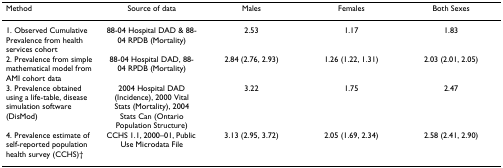
| Method | Source of data | Males | Females | Both Sexes |
 | --- | --- | --- | --- | --- |
 | 1. Observed Cumulative Prevalence from health services cohort | 88-04 Hospital DAD & 88-04 RPDB (Mortality) | 2.53 | 1.17 | 1.83 |
 | 2. Prevalence from simple mathematical model from AMI cohort data | 88-04 Hospital DAD, 88-04 RPDB (Mortality) | 2.84 (2.76, 2.93) | 1.26 (1.22, 1.31) | 2.03 (2.01, 2.05) |
 | 3. Prevalence obtained using a life-table, disease simulation software (DisMod) | 2004 Hospital DAD (Incidence), 2000 Vital Stats (Mortality), 2004 Stats Can (Ontario Population Structure) | 3.22 | 1.75 | 2.47 |
 | 4. Prevalence estimate of self-reported population health survey (CCHS)† | CCHS 1.1, 2000–01, Public Use Microdata File | 3.13 (2.95, 3.72) | 2.05 (1.69, 2.34) | 2.58 (2.41, 2.90) |